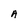
Character: A